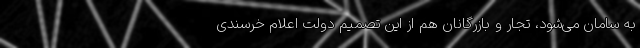
به سامان می‌شود، تجار و بازرگانان هم از این تصمیم دولت اعلام خرسندی